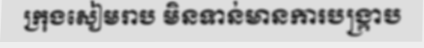
ក្រុងសៀមរាប មិនទាន់មានការបង្ក្រាប